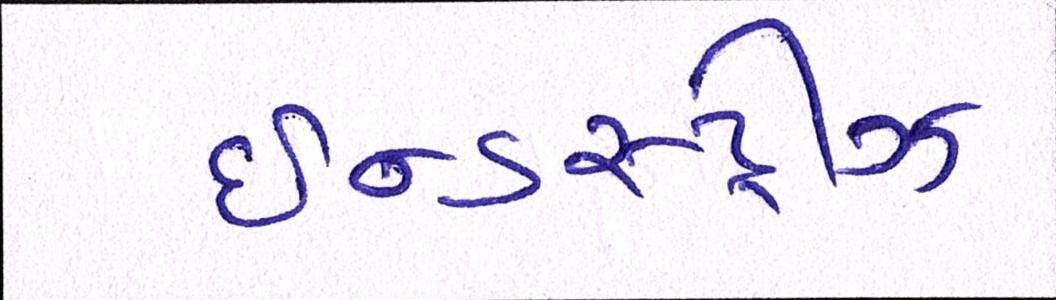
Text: ઈન્ડસ્ટ્રીઝ